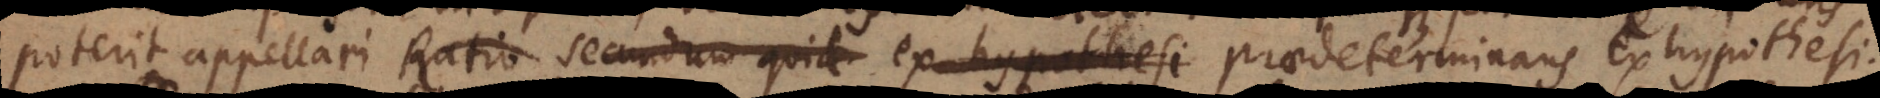
poterit appellari Ratio secundum quid ex hypothesi praedeterminans ex hypothesi.